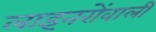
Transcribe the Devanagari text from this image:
लाइनरोंवाली